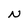
Character: N